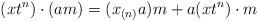
LaTeX: \begin{align*}(xt^n)\cdot (a m)=(x_{(n)}a) m+a (x t^n)\cdot m\end{align*}